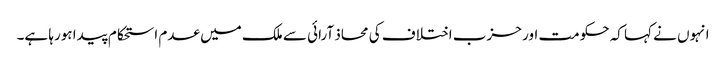
انہوں نے کہا کہ حکومت اور حزب اختلاف کی محاذ آرائی سے ملک میں عدم استحکام پیدا ہورہا ہے۔